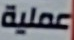
عملية